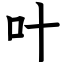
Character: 叶